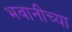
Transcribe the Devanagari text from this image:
भवानीच्या